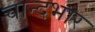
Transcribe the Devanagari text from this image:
चान्दभार